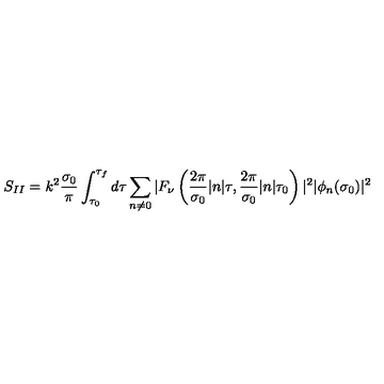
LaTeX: S _ { I I } = k ^ { 2 } \frac { \sigma _ { 0 } } { \pi } \int _ { \tau _ { 0 } } ^ { \tau _ { f } } d \tau \sum _ { n \neq 0 } ^ { } | F _ { \nu } \left( \frac { 2 \pi } { \sigma _ { 0 } } | n | \tau , \frac { 2 \pi } { \sigma _ { 0 } } | n | \tau _ { 0 } \right) | ^ { 2 } | \phi _ { n } ( \sigma _ { 0 } ) | ^ { 2 }